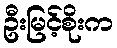
ဦးမြင့်စိုးက